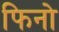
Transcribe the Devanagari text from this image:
फिनो